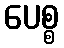
ပေစ္စ